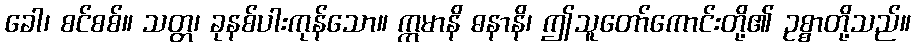
ခေါ၊ စင်စစ်။ သတ္တ၊ ခုနစ်ပါးကုန်သော။ ဣမာနိ ဓနာနိ၊ ဤသူတော်ကောင်းတို့၏ ဥစ္စာတို့သည်။